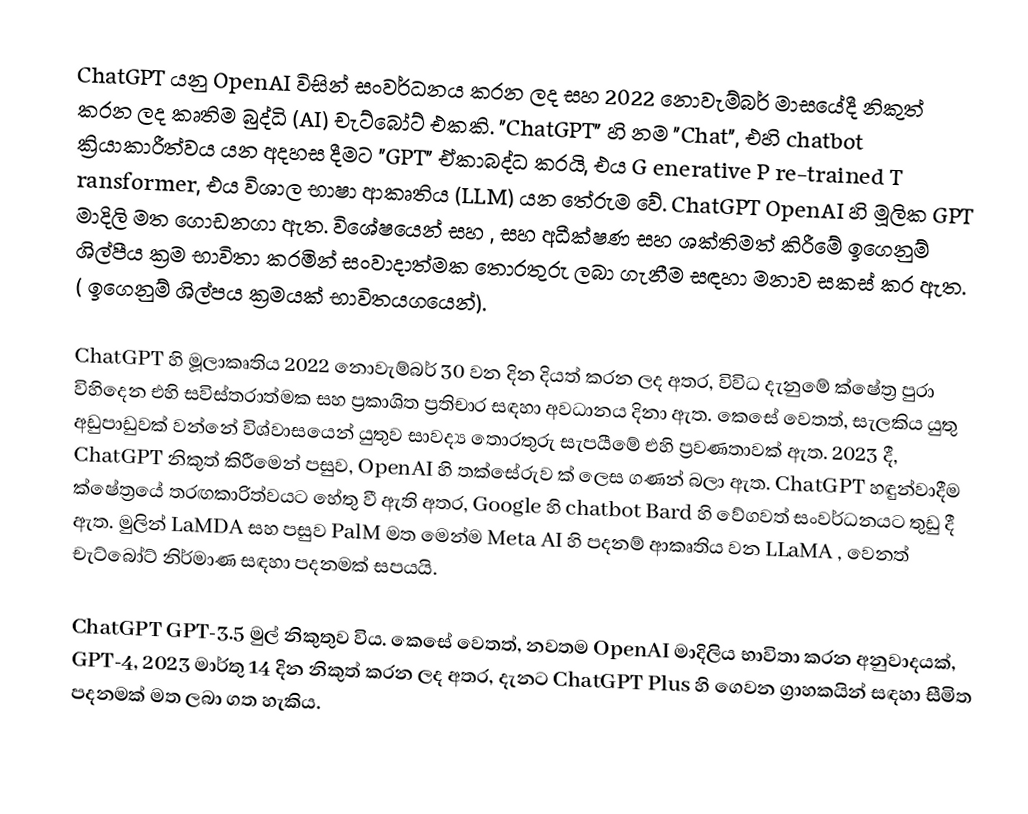
ChatGPT යනු OpenAI විසින් සංවර්ධනය කරන ලද සහ 2022 නොවැම්බර් මාසයේදී නිකුත් කරන ලද කෘතිම බුද්ධි (AI) චැට්බෝට් එකකි. "ChatGPT" හි නම "Chat", එහි chatbot ක්‍රියාකාරීත්වය යන අදහස දීමට "GPT" ඒකාබද්ධ කරයි, එය G enerative P re-trained T ransformer, එය විශාල භාෂා ආකෘතිය (LLM) යන තේරුම වේ.  ChatGPT OpenAI හි මූලික GPT මාදිලි මත ගොඩනගා ඇත. විශේෂයෙන්  සහ , සහ අධීක්ෂණ සහ ශක්තිමත් කිරීමේ ඉගෙනුම් ශිල්පීය ක්‍රම භාවිතා කරමින් සංවාදාත්මක තොරතුරු ලබා ගැනීම සඳහා මනාව සකස් කර ඇත. ( ඉගෙනුම් ශිල්පය ක්‍රමයක්  භාවිතයගයෙන්).

ChatGPT හි මූලාකෘතිය 2022 නොවැම්බර් 30 වන දින දියත් කරන ලද අතර, විවිධ දැනුමේ ⁣ක්ෂේත්‍ර පුරා විහිදෙන එහි සවිස්තරාත්මක සහ ප්‍රකාශිත ප්‍රතිචාර සඳහා අවධානය දිනා ඇත.  කෙසේ වෙතත්, සැලකිය යුතු අඩුපාඩුවක් වන්නේ විශ්වාසයෙන් යුතුව සාවද්‍ය තොරතුරු සැපයීමේ එහි ප්‍රවණතාවක් ඇත.  2023 දී, ChatGPT නිකුත් කිරීමෙන් පසුව, OpenAI හි තක්සේරුව  ක් ලෙස ගණන් බලා ඇත.  ChatGPT හඳුන්වාදීම ක්ෂේත්‍රයේ තරඟකාරිත්වයට හේතු වී ඇති අතර, Google හි chatbot Bard හි වේගවත් සංවර්ධනයට තුඩු දී ඇත. මුලින් LaMDA සහ පසුව PalM මත මෙන්ම Meta AI හි පදනම් ආකෘතිය වන LLaMA ,  වෙනත් චැට්බෝට් නිර්මාණ සඳහා පදනමක් සපයයි.

ChatGPT GPT-3.5 මුල් නිකුතුව විය. කෙසේ වෙතත්, නවතම OpenAI මාදිලිය භාවිතා කරන අනුවාදයක්, GPT-4, 2023 මාර්තු 14 දින නිකුත් කරන ලද අතර, දැනට ChatGPT Plus හි ගෙවන ග්‍රාහකයින් සඳහා සීමිත පදනමක් මත ලබා ගත හැකිය.